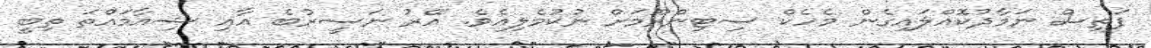
ފަތިސް ނަމާދުކޮއްލައިގެން މެހެކް ސިޓިންރޫމަށް ނުކުމެލިއެވެ. އޭރު ނަސީރުބެ އާއި ޝިއާމައްތަ ތިބީ